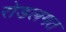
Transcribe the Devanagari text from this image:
रोडलगत